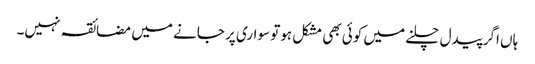
ہاں اگر پیدل چلنے میں کوئی بھی مشکل ہوتو سواری پر جانے میں مضائقہ نہیں۔